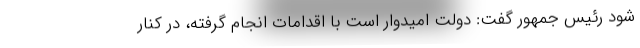
شود رئیس جمهور گفت: دولت امیدوار است با اقدامات انجام گرفته، در کنار